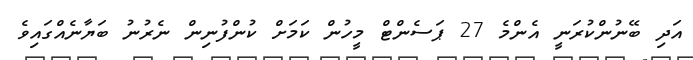
އަދި ބޭނުންކުރަނީ އެންމެ 27 ޕަސެންޓް މީހުން ކަމަށް ކުންފުނިން ނެރުނު ބަޔާނެއްގައިވެ